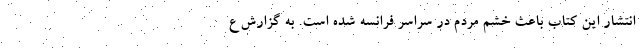
انتشار این کتاب باعث خشم مردم در سراسر فرانسه شده است. به گزارش ع